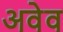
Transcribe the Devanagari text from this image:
अवेव